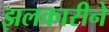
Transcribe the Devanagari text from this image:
झलकारीने